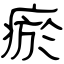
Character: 瘀